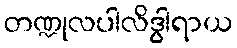
တဏ္ဍုလပါလိဒွါရာယ